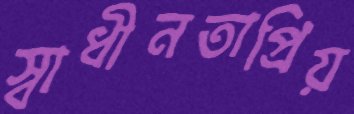
স্বাধীনতাপ্রিয়